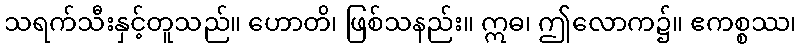
သရက်သီးနှင့်တူသည်။ ဟောတိ၊ ဖြစ်သနည်း။ ဣဓ၊ ဤလောက၌။ ဧကစ္စဿ၊